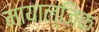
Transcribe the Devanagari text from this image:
मायाल्जिक